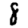
Digit: 8